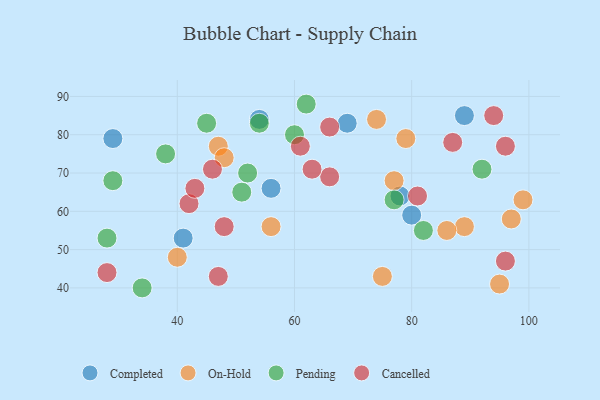
{"axis": {"x": "GDP", "y": "Life Expectancy"}, "legend": ["Cancelled", "Completed", "On-Hold", "Pending"], "data": [{"x": "54", "y": 84, "type": "Completed"}, {"x": "41", "y": 53, "type": "Completed"}, {"x": "29", "y": 79, "type": "Completed"}, {"x": "89", "y": 85, "type": "Completed"}, {"x": "80", "y": 59, "type": "Completed"}, {"x": "56", "y": 66, "type": "Completed"}, {"x": "69", "y": 83, "type": "Completed"}, {"x": "78", "y": 64, "type": "Completed"}, {"x": "40", "y": 48, "type": "On-Hold"}, {"x": "79", "y": 79, "type": "On-Hold"}, {"x": "47", "y": 77, "type": "On-Hold"}, {"x": "89", "y": 56, "type": "On-Hold"}, {"x": "56", "y": 56, "type": "On-Hold"}, {"x": "95", "y": 41, "type": "On-Hold"}, {"x": "48", "y": 74, "type": "On-Hold"}, {"x": "75", "y": 43, "type": "On-Hold"}, {"x": "97", "y": 58, "type": "On-Hold"}, {"x": "99", "y": 63, "type": "On-Hold"}, {"x": "86", "y": 55, "type": "On-Hold"}, {"x": "77", "y": 68, "type": "On-Hold"}, {"x": "74", "y": 84, "type": "On-Hold"}, {"x": "92", "y": 71, "type": "Pending"}, {"x": "52", "y": 70, "type": "Pending"}, {"x": "51", "y": 65, "type": "Pending"}, {"x": "77", "y": 63, "type": "Pending"}, {"x": "34", "y": 40, "type": "Pending"}, {"x": "82", "y": 55, "type": "Pending"}, {"x": "38", "y": 75, "type": "Pending"}, {"x": "29", "y": 68, "type": "Pending"}, {"x": "60", "y": 80, "type": "Pending"}, {"x": "62", "y": 88, "type": "Pending"}, {"x": "45", "y": 83, "type": "Pending"}, {"x": "54", "y": 83, "type": "Pending"}, {"x": "28", "y": 53, "type": "Pending"}, {"x": "94", "y": 85, "type": "Cancelled"}, {"x": "81", "y": 64, "type": "Cancelled"}, {"x": "48", "y": 56, "type": "Cancelled"}, {"x": "28", "y": 44, "type": "Cancelled"}, {"x": "96", "y": 47, "type": "Cancelled"}, {"x": "96", "y": 77, "type": "Cancelled"}, {"x": "42", "y": 62, "type": "Cancelled"}, {"x": "87", "y": 78, "type": "Cancelled"}, {"x": "46", "y": 71, "type": "Cancelled"}, {"x": "66", "y": 69, "type": "Cancelled"}, {"x": "47", "y": 43, "type": "Cancelled"}, {"x": "61", "y": 77, "type": "Cancelled"}, {"x": "63", "y": 71, "type": "Cancelled"}, {"x": "66", "y": 82, "type": "Cancelled"}, {"x": "43", "y": 66, "type": "Cancelled"}]}